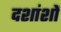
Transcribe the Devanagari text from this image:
दशांशों